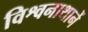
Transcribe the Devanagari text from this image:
विश्वनाथानें